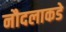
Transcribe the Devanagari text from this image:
नौदलाकडे